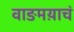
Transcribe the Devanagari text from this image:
वाङमय़ाचं